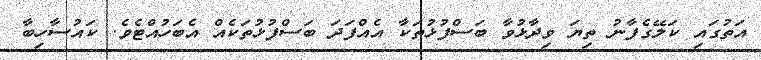
އަތުގައި ކަލޭގެފާނު ތިޔަ ވިދާޅުވާ ބަސްފުޅުތަކާ އެއްފަދަ ބަސްފުޅުތަކެއް އެބަހުއްޓެވެ. ކައުސާހިބާ